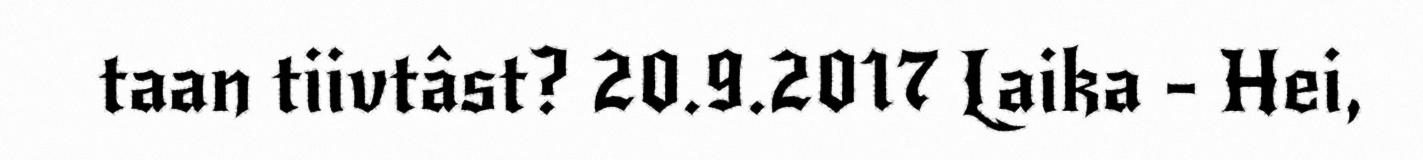
taan tiivtâst? 20.9.2017 Laika - Hei,